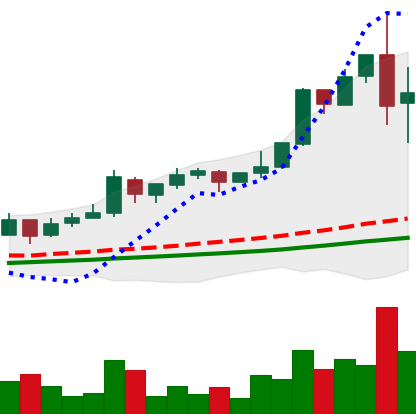
Ticker: LTC-USD
Chart end date: 2017-11-30
Forward return: 15.925%
Label: up_7plus